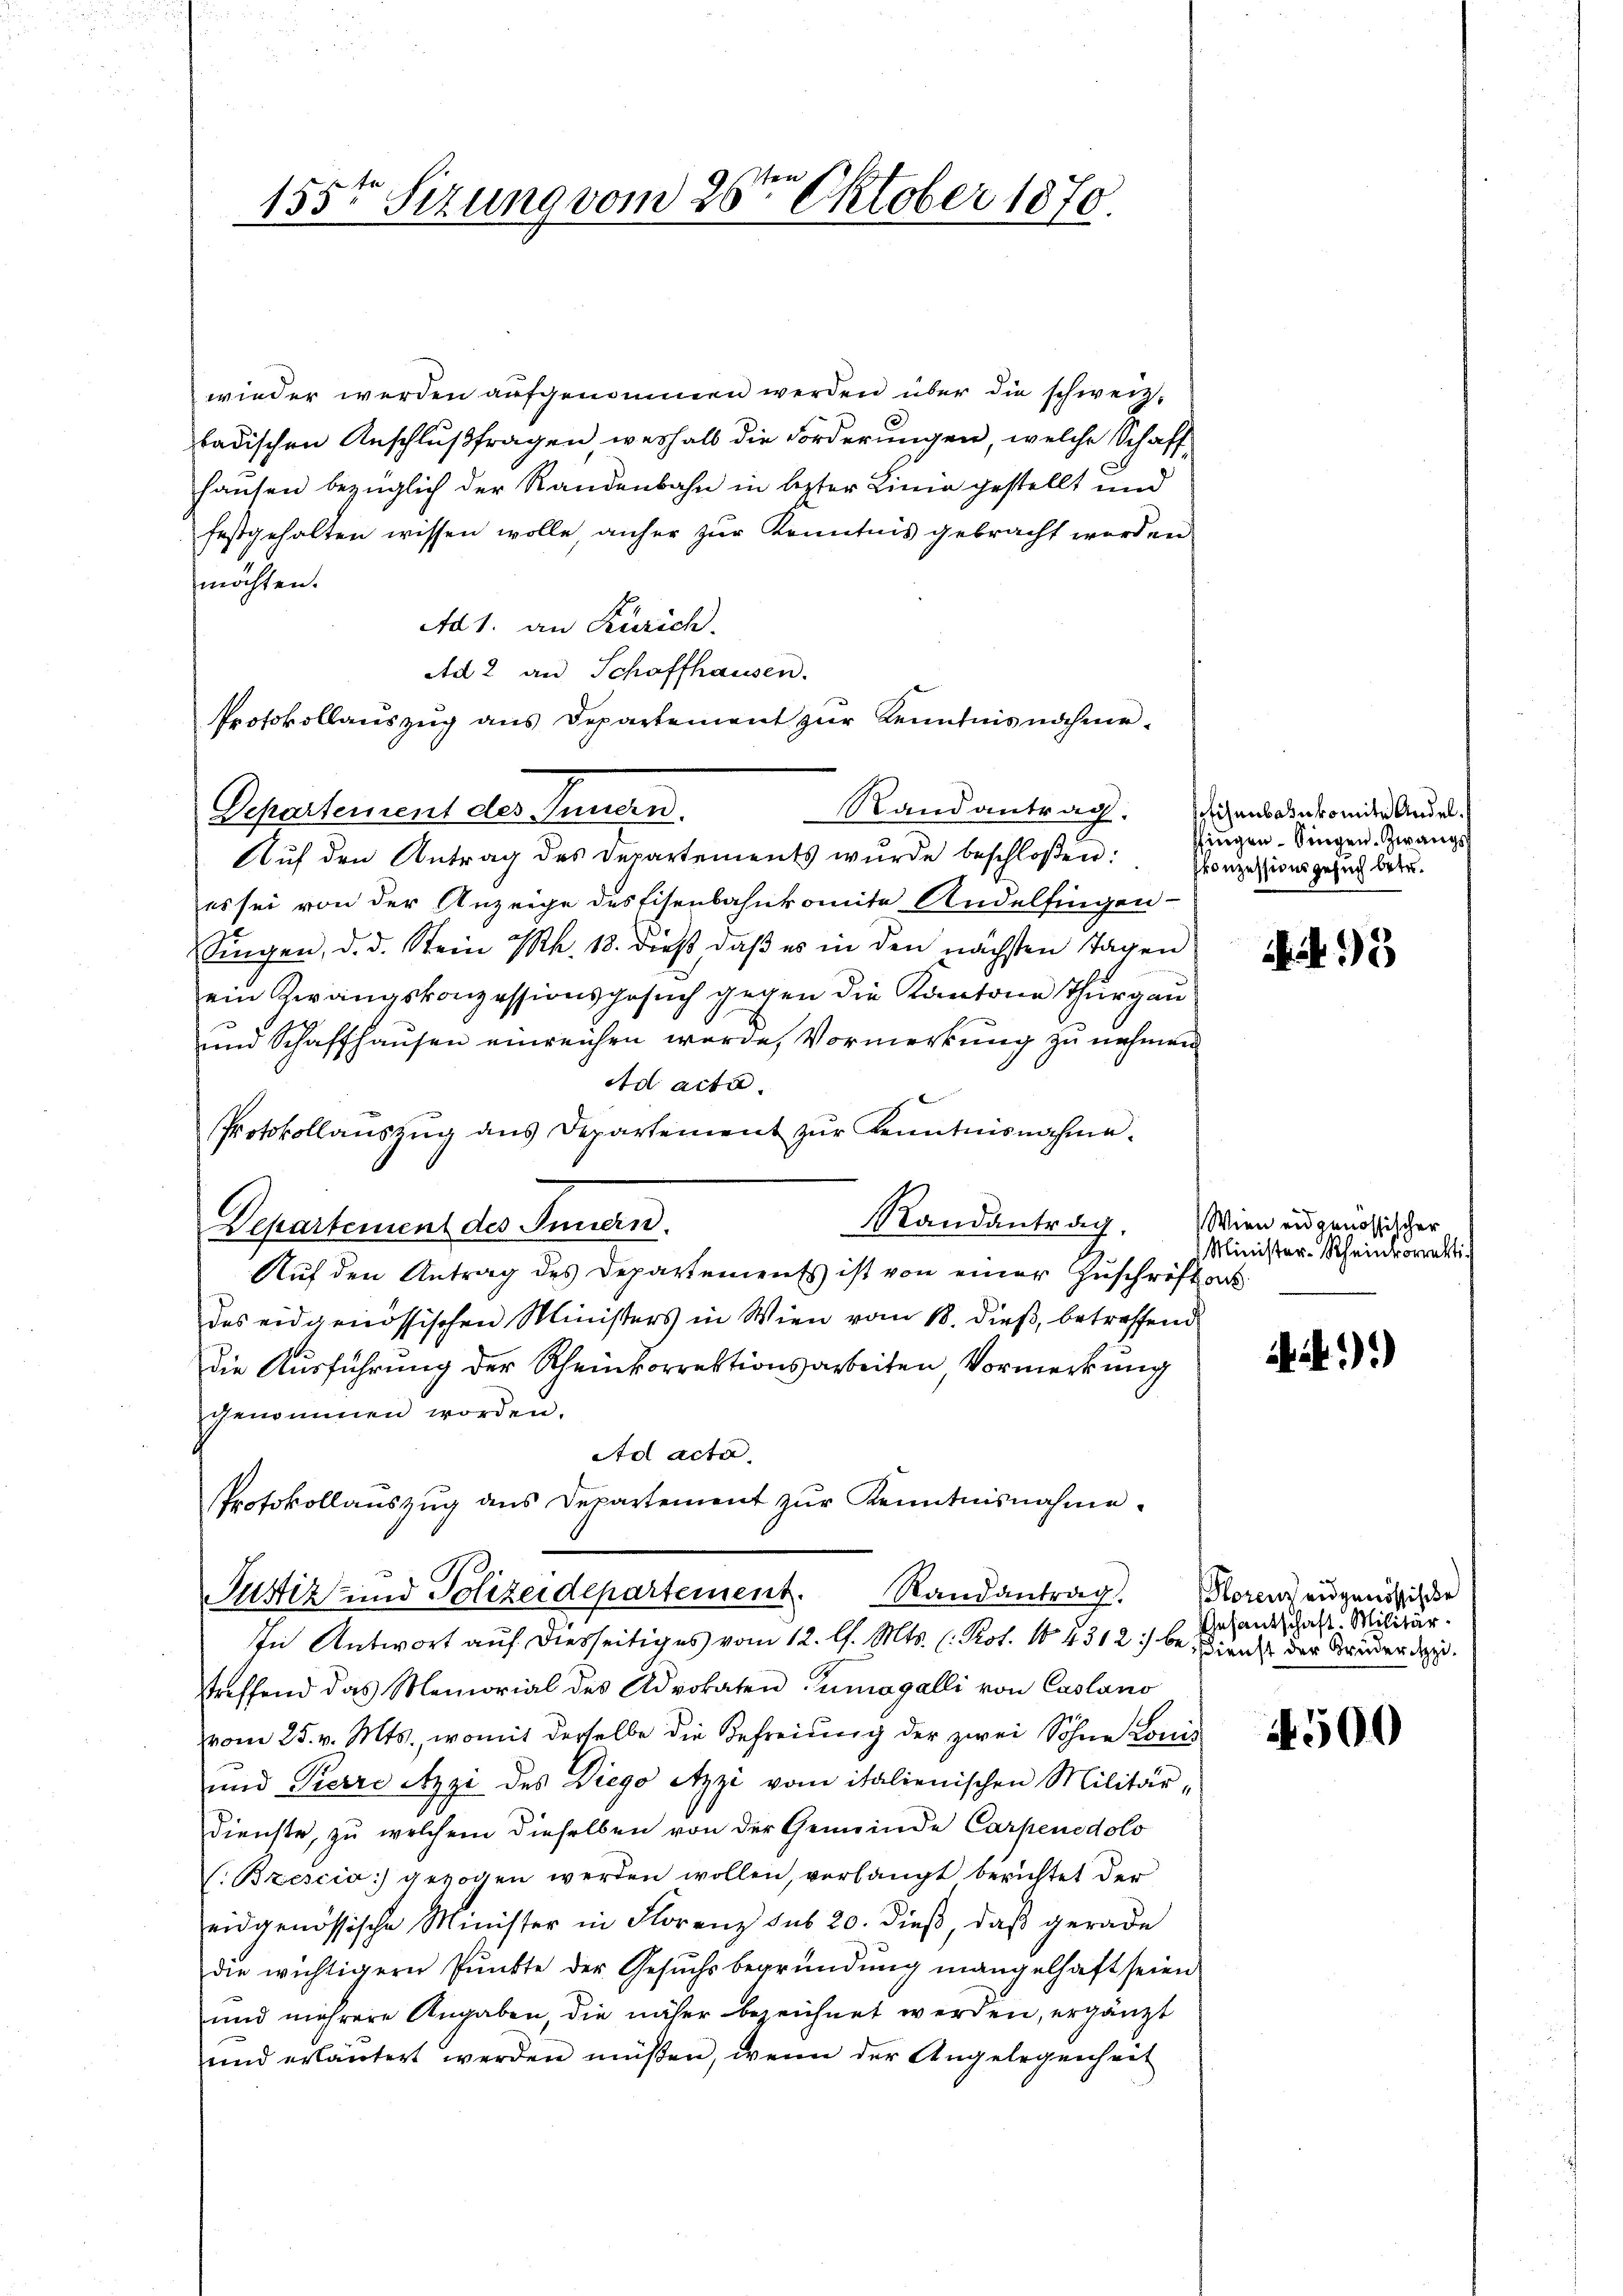
155ten Sitzung vom 26ten Oktober 1870.

wieder werden aufgenommen werden über die schweiz.
badischen Anschlußfragen weshalb die Forderungen, welche Schaffhausen bezüglich der Randenbahn in lezter Linie gestellt und
festgehalten wissen wolle, anher zur Kenntnis gebracht worden
möchten.
Ad 1. an Zürich.
Ad 2 an Schaffhausen.
Protokollauszug aus Departement zur Kenntnisnahme¬
Randantrag.
Departement des Innern.
Auf den Antrag des Departements wurde beschloßen:
es sei von der Anzeige des Eisenbahnkomite Andelfingen-
Singen, d. d. Stein Rh. 18. dieß, daβ es in den nächsten Tagen
ein Zwangskonzessionsgesuch gegen die Kantone Thurgau
und Schaffhausen einreichen wurde, Vormerkung zu nehmen
Ad acta.
Protokollauszug aus Departement zŭr Kenntnisnahme.
Randantrag. Wien eidgenössischer
Departement des Innern.
Auf den Antrag des Departements ist von einer Zuschriften
des eidgenössischen Ministers in Wien vom 18. dieß, betreffend
die Ausführung der Rheinkorrektionsarbeiten Vormerkung
genommen worden.
Ad acta
Protokollaŭszŭg ans Departement zŭr Kenntnisnahme.
Justiz und Polizeidepartement. Randantrag.
In Antwort auf diesseitiges vom 12. l. Mts. (: Prot. 104312) besienst der Brüder de
treffend das Memorial des Advokaten Zumagalli von Casano
vom 25. v. Mts., womit derselbe die Befreiung der zwei Söhne Louis
und Pierre Azzi des Diego Atzzi vom italienischen Militär-
Dienste, zu welchem dieselben von der Gemeinde Carpenedolo
(Bzescia gezogen werden wollen, verlangt berichtet der
eidgenössische Minister in Florenz sub 20. dieß, daß gerade
die wichtigern Pŭnkte der Gesŭchsbegründung mangelhaft seien
und mehrere Angaben, die näher bezeichnet werden, ergänzt
und erläutert werden müßen, wenn der Angelegenheit

Eisenbahnkomite Andel.
Pfingen. Singen. Zwangs
konzessionsgesuch betr.

A 15

Minister-Rheinrorekti

i)

Horenz eidgenössische
Anfantschaft. Militär¬

14500